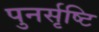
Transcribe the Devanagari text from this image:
पुनर्सृष्टि